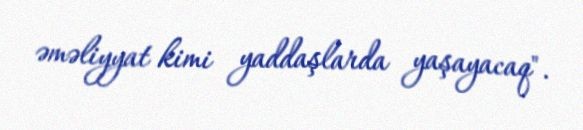
əməliyyat kimi yaddaşlarda yaşayacaq".